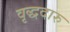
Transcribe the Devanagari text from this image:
वृद्धदारु